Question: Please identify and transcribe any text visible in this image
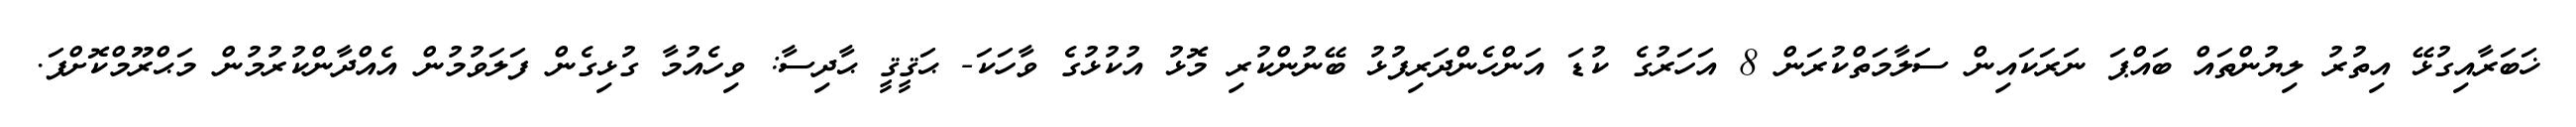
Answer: ޚަބަރާއިގުޅޭ އިތުރު ލިޔުންތައް ބައްޕަ ނަރަކައިން ސަލާމަތްކުރަން 8 އަހަރުގެ ކުޑަ އަންހެންދަރިފުޅު ބޭނުންކުރި މޮޅު އުކުޅުގެ ވާހަކަ- ޙަޤީޤީ ޙާދިސާ: ވިހެއުމާ ގުޅިގެން ފަލަވުމުން އެއްދާންކުރުމުން މަޙްރޫމްކޮށްފަ.